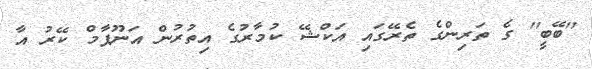
''ބޭބީ'' ގެ ތަރިންގެ ތެރޭގައި އަކްޝޭ ކުމާރުގެ އިތުރުން އަނޫޕާމް ކޭރު އާ